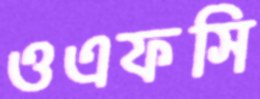
ওএফসি